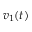
v _ { 1 } ( t )